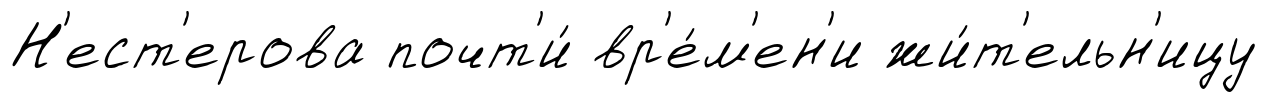
Н'ест'ерова почт'и́ вр'е́м'ен'и жи́т'ельн'ицу